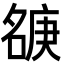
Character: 㗮